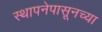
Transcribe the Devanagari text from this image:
स्थापनेपासूनच्या